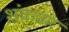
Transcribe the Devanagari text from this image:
शंकवार